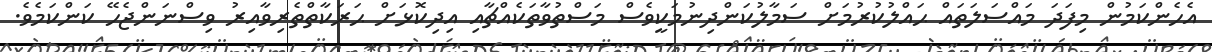
އެހެންކަމުން މިފަދަ މައްސަލަތައް ޙައްލުކުރުމަށް ސަމާލުކަންދިނުމަކީވެސް މަސްތުވާތަކެއްޗާއި އިދިކޮޅަށް ޙަރަކާތްތެރިވާއިރު ވިސްނަންޖެހޭ ކަންކަމެވެ.